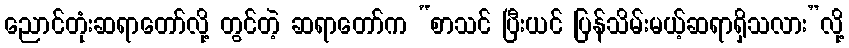
ညောင်တုံးဆရာတော်လို့ တွင်တဲ့ ဆရာတော်က “စာသင် ပြီးယင် ပြန်သိမ်းမယ့်ဆရာရှိသလား”လို့